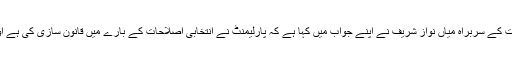
سابق وزیر اعظم اور حکمراں جماعت کے سربراہ میاں نواز شریف نے اپنے جواب میں کہا ہے کہ پارلیمنٹ نے انتخابی اصلاحات کے بارے میں قانون سازی کی ہے اور پارلیمنٹ سب سے مقدم ادارہ ہے۔